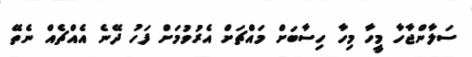
ސަލާންޖާހާ މީހާ މިހާ ހިސާބަށް މައްޗަށް އެރުވުމަށް ފަހު ދޭނެ އެއްޗެއް ނެތޭ